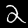
Label: 2